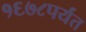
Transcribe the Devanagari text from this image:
१६७८पर्यंत